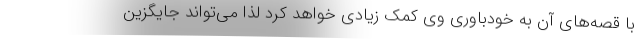
با قصه‌های آن به خودباوری وی کمک زیادی خواهد کرد لذا می‌تواند جایگزین